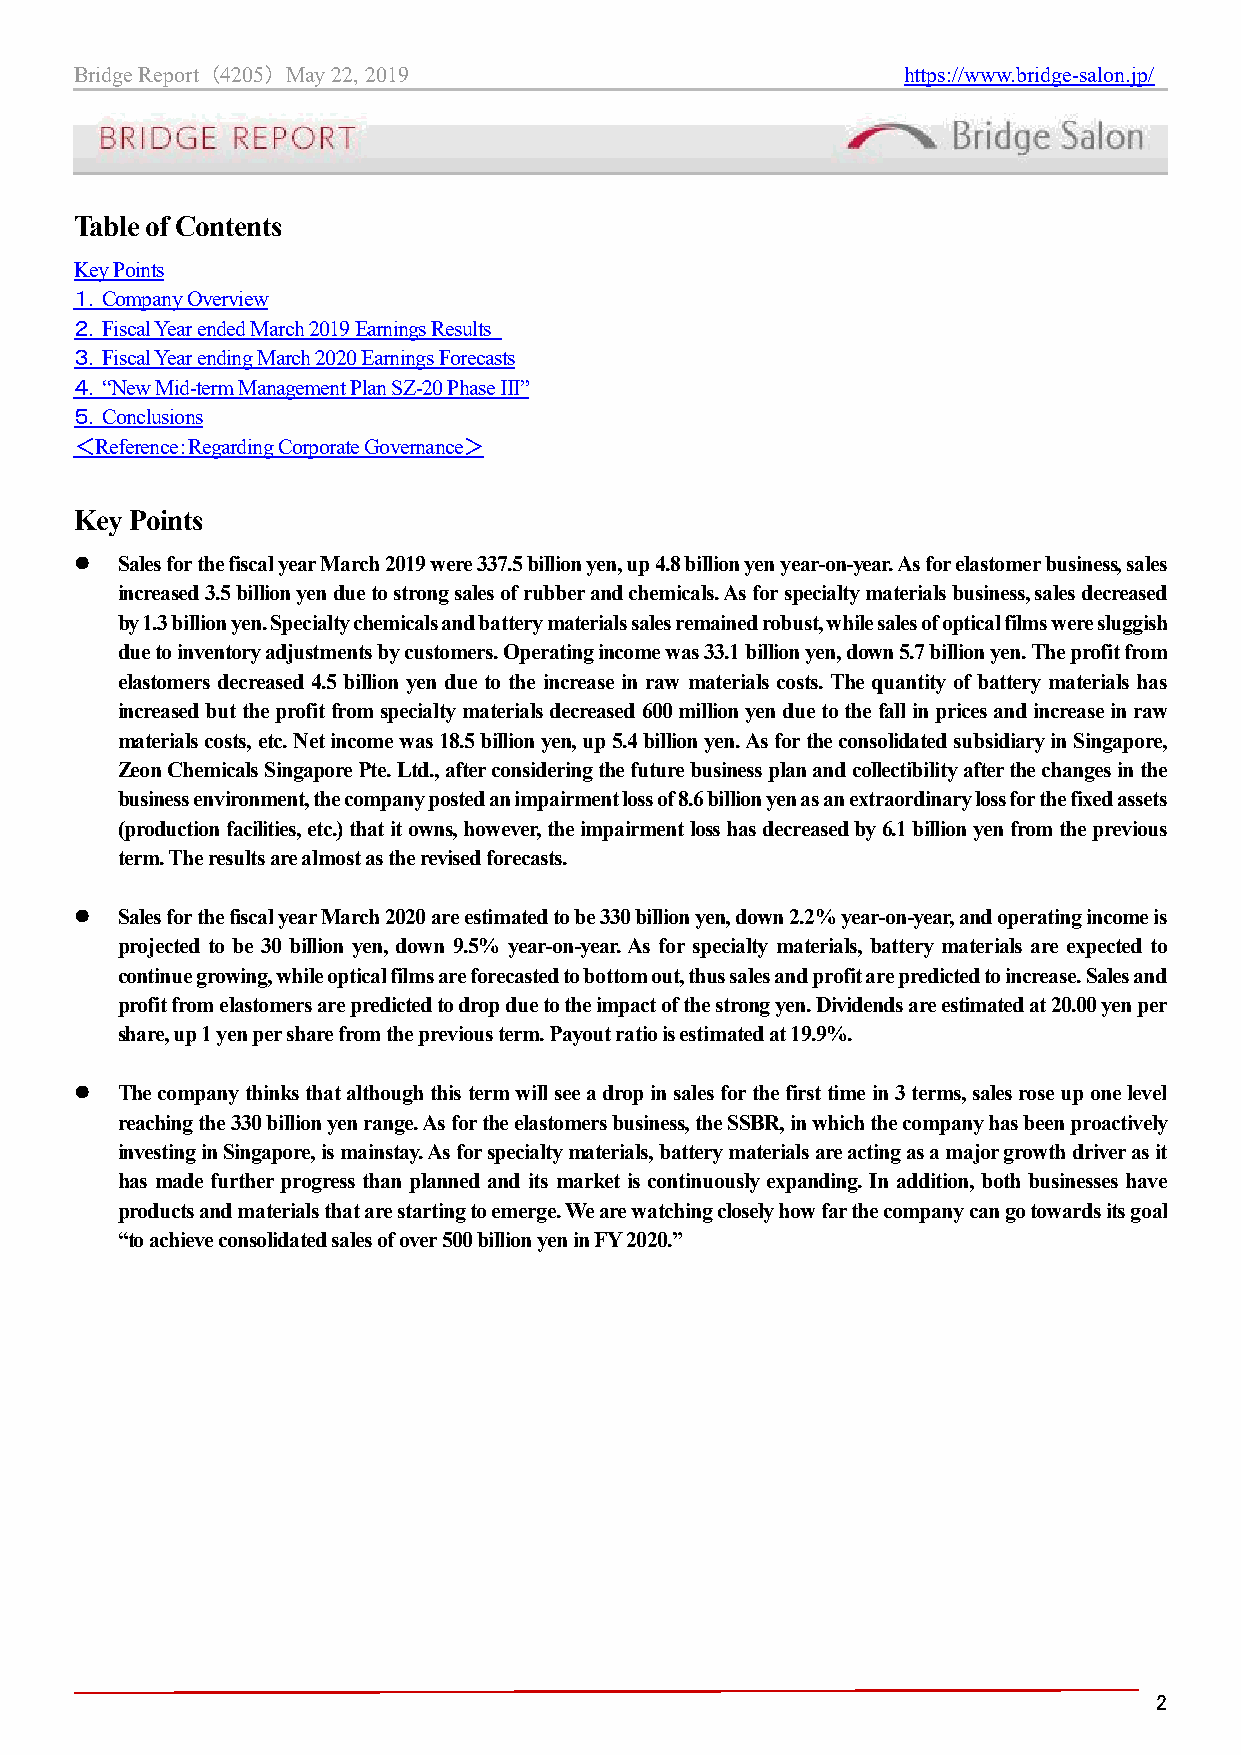
Bridge Report （4205） May 22, 2019                      https://www.bridge-salon.jp/
 Table of Contents
 Key Points
 １．Company Overview
 ２．Fiscal Year ended March 2019 Earnings Results
 ３．Fiscal Year ending March 2020 Earnings Forecasts
 ４．“New Mid-term Management Plan SZ-20 Phase III”
 ５．Conclusions
 ＜Reference：Regarding Corporate Governance＞
 Key Points
 ⚫  Sales for the fiscal year March 2019 were 337.5 billion yen, up 4.8 billion yen year-on-year. As for elastomer business, sales
 increased 3.5 billion yen due to strong sales of rubber and chemicals. As for specialty materials business, sales decreased
 by 1.3 billion yen. Specialty chemicals and battery materials sales remained robust, while sales of optical films were sluggish
 due to inventory adjustments by customers. Operating income was 33.1 billion yen, down 5.7 billion yen. The profit from
 elastomers decreased 4.5 billion yen due to the increase in raw materials costs. The quantity of battery materials has
 increased but the profit from specialty materials decreased 600 million yen due to the fall in prices and increase in raw
 materials costs, etc. Net income was 18.5 billion yen, up 5.4 billion yen. As for the consolidated subsidiary in Singapore,
 Zeon Chemicals Singapore Pte. Ltd., after considering the future business plan and collectibility after the changes in the
 business environment, the company posted an impairment loss of 8.6 billion yen as an extraordinary loss for the fixed assets
 (production facilities, etc.) that it owns, however, the impairment loss has decreased by 6.1 billion yen from the previous
 term. The results are almost as the revised forecasts.
 ⚫  Sales for the fiscal year March 2020 are estimated to be 330 billion yen, down 2.2% year-on-year, and operating income is
 projected to be 30 billion yen, down 9.5% year-on-year. As for specialty materials, battery materials are expected to
 continue growing, while optical films are forecasted to bottom out, thus sales and profit are predicted to increase. Sales and
 profit from elastomers are predicted to drop due to the impact of the strong yen. Dividends are estimated at 20.00 yen per
 share, up 1 yen per share from the previous term. Payout ratio is estimated at 19.9%.
 ⚫  The company thinks that although this term will see a drop in sales for the first time in 3 terms, sales rose up one level
 reaching the 330 billion yen range. As for the elastomers business, the SSBR, in which the company has been proactively
 investing in Singapore, is mainstay. As for specialty materials, battery materials are acting as a major growth driver as it
 has made further progress than planned and its market is continuously expanding. In addition, both businesses have
 products and materials that are starting to emerge. We are watching closely how far the company can go towards its goal
 “to achieve consolidated sales of over 500 billion yen in FY 2020.”
 2